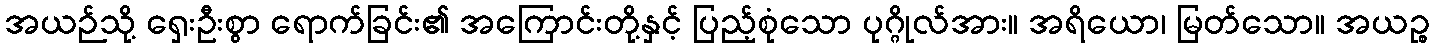
အယဉ်သို့ ရှေးဦးစွာ ရောက်ခြင်း၏ အကြောင်းတို့နှင့် ပြည့်စုံသော ပုဂ္ဂိုလ်အား။ အရိယော၊ မြတ်သော။ အယဉ္စ